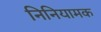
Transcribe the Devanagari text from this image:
निनियामक